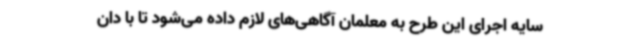
سایه اجرای این طرح به معلمان آگاهی‌های لازم داده می‌شود تا با دان